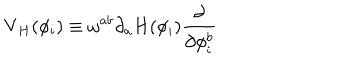
LaTeX: \mathrm { V } _ { H } ( \phi _ { i } ) \equiv \omega ^ { a b } \partial _ { a } H ( \phi _ { i } ) \frac { \partial } { \partial \phi _ { i } ^ { b } }